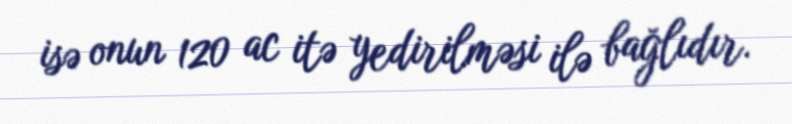
isə onun 120 ac itə yedirilməsi ilə bağlıdır.